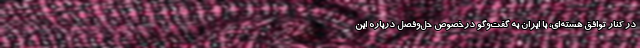
در کنار توافق هسته‌ای، با ایران به گفت‌وگو درخصوص حل‌وفصل درباره این